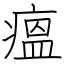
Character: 瘟